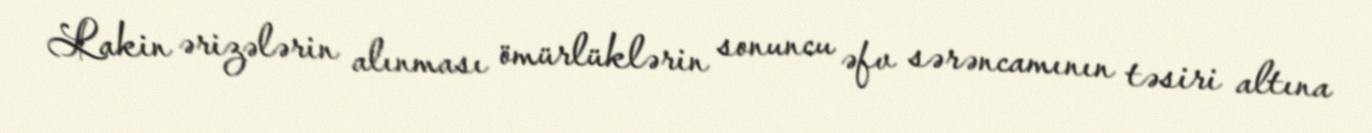
Lakin ərizələrin alınması ömürlüklərin sonuncu əfv sərəncamının təsiri altına